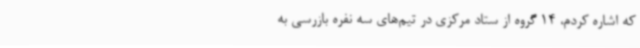
که اشاره کردم، 14 گروه از ستاد مرکزی در تیم‌های سه نفره بازرسی به